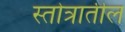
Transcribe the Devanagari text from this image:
स्तोत्रातील